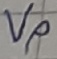
Text: Vp